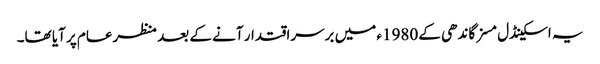
یہ اسکینڈل مسز گاندھی کے 1980ء میں برسراقتدار آنے کے بعد منظرعام پر آیا تھا۔